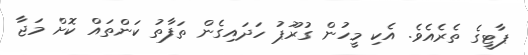
ޕާޓީގެ ތެރެއެވެ. އެކި މީހުން ގުރޫޕު ހަދައިގެން ތަފާތު ކަންތައް ކޮށް މަޖާ